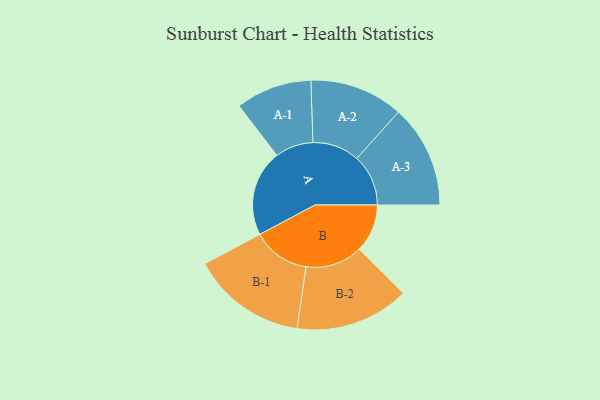
{"axis": {"x": "Segment", "y": "Value"}, "legend": ["", "A", "B"], "data": [{"x": "A", "y": 432, "type": ""}, {"x": "B", "y": 241, "type": ""}, {"x": "A-1", "y": 191, "type": "A"}, {"x": "A-2", "y": 235, "type": "A"}, {"x": "A-3", "y": 258, "type": "A"}, {"x": "B-1", "y": 288, "type": "B"}, {"x": "B-2", "y": 286, "type": "B"}]}